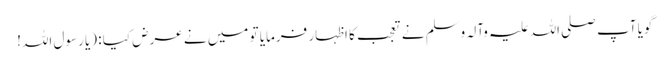
گویا آپ صلی اللہ علیہ وآلہ وسلم نے تعجب کا اظہار فرمایا تو میں نے عرض کیا : (یا رسول اللہ!